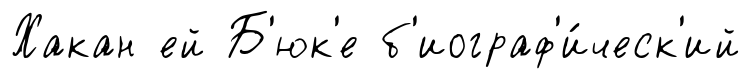
Хакан ей Б'юк'е б'иограф'и́ческ'ий